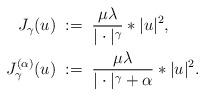
LaTeX: \begin{align*}J_\gamma(u)\;&:=\;\frac{\mu\lambda}{|\cdot|^\gamma}*|u|^2,\\J_\gamma^{(\alpha)}(u)\;&:=\;\frac{\mu\lambda}{|\cdot|^\gamma+\alpha}*|u|^2.\end{align*}